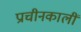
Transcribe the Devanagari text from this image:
प्राचीनकालीं